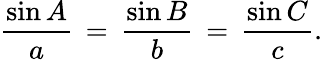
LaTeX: {\frac{\sin A}{a}}\, =\, {\frac{\sin B}{b}}\, =\, {\frac{\sin C}{c}}.